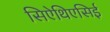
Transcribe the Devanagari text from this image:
सिऐथिएसिई